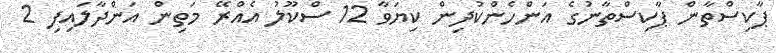
ޕާކިސްތާން ޕާކިސްތާނުގެ އަންހެންކުދިން ކިޔަވާ 12 ސްކޫލު އެއްރޭ މަތިން އަންދާލައިފި 2